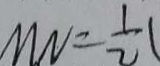
M N = \frac { 1 } { 2 }